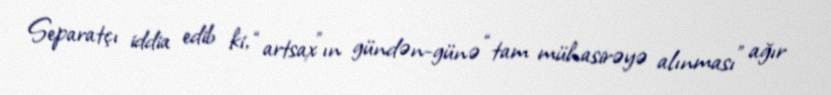
Separatçı iddia edib ki, “artsax”ın gündən-günə “tam mühasirəyə alınması” ağır